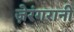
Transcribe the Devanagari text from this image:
ज़ेरंगरानी